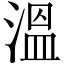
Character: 溫